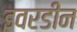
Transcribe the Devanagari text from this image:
इवरडीन